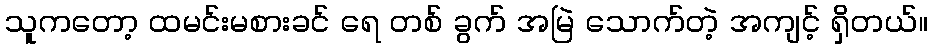
သူကတော့ ထမင်းမစားခင် ရေ တစ် ခွက် အမြဲ သောက်တဲ့ အကျင့် ရှိတယ်။